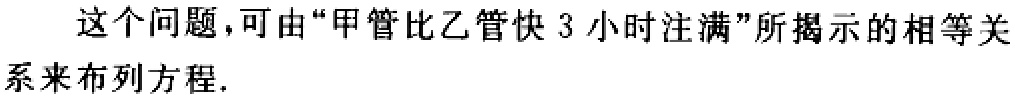
这个问题,可由“甲管比乙管快 3 小时注满”所揭示的相等关系来布列方程.